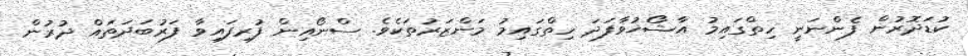
ކުޑަދޮރުން ފެންނަނީ ހިތްގައިމު އާޝޯޚުވާފަދަ ހިތްގައިމު މަންޒަރުތަކެވެ. ސްނޯއިން ފުރިފައިވާ ފަރުބަދަތައް ދުރުން